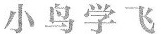
小鸟学飞